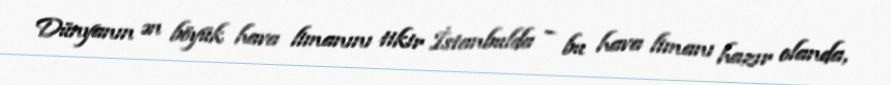
Dünyanın ən böyük hava limanını tikir İstanbulda – bu hava limanı hazır olanda,